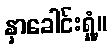
နှာခေါင်းရှုံ့။